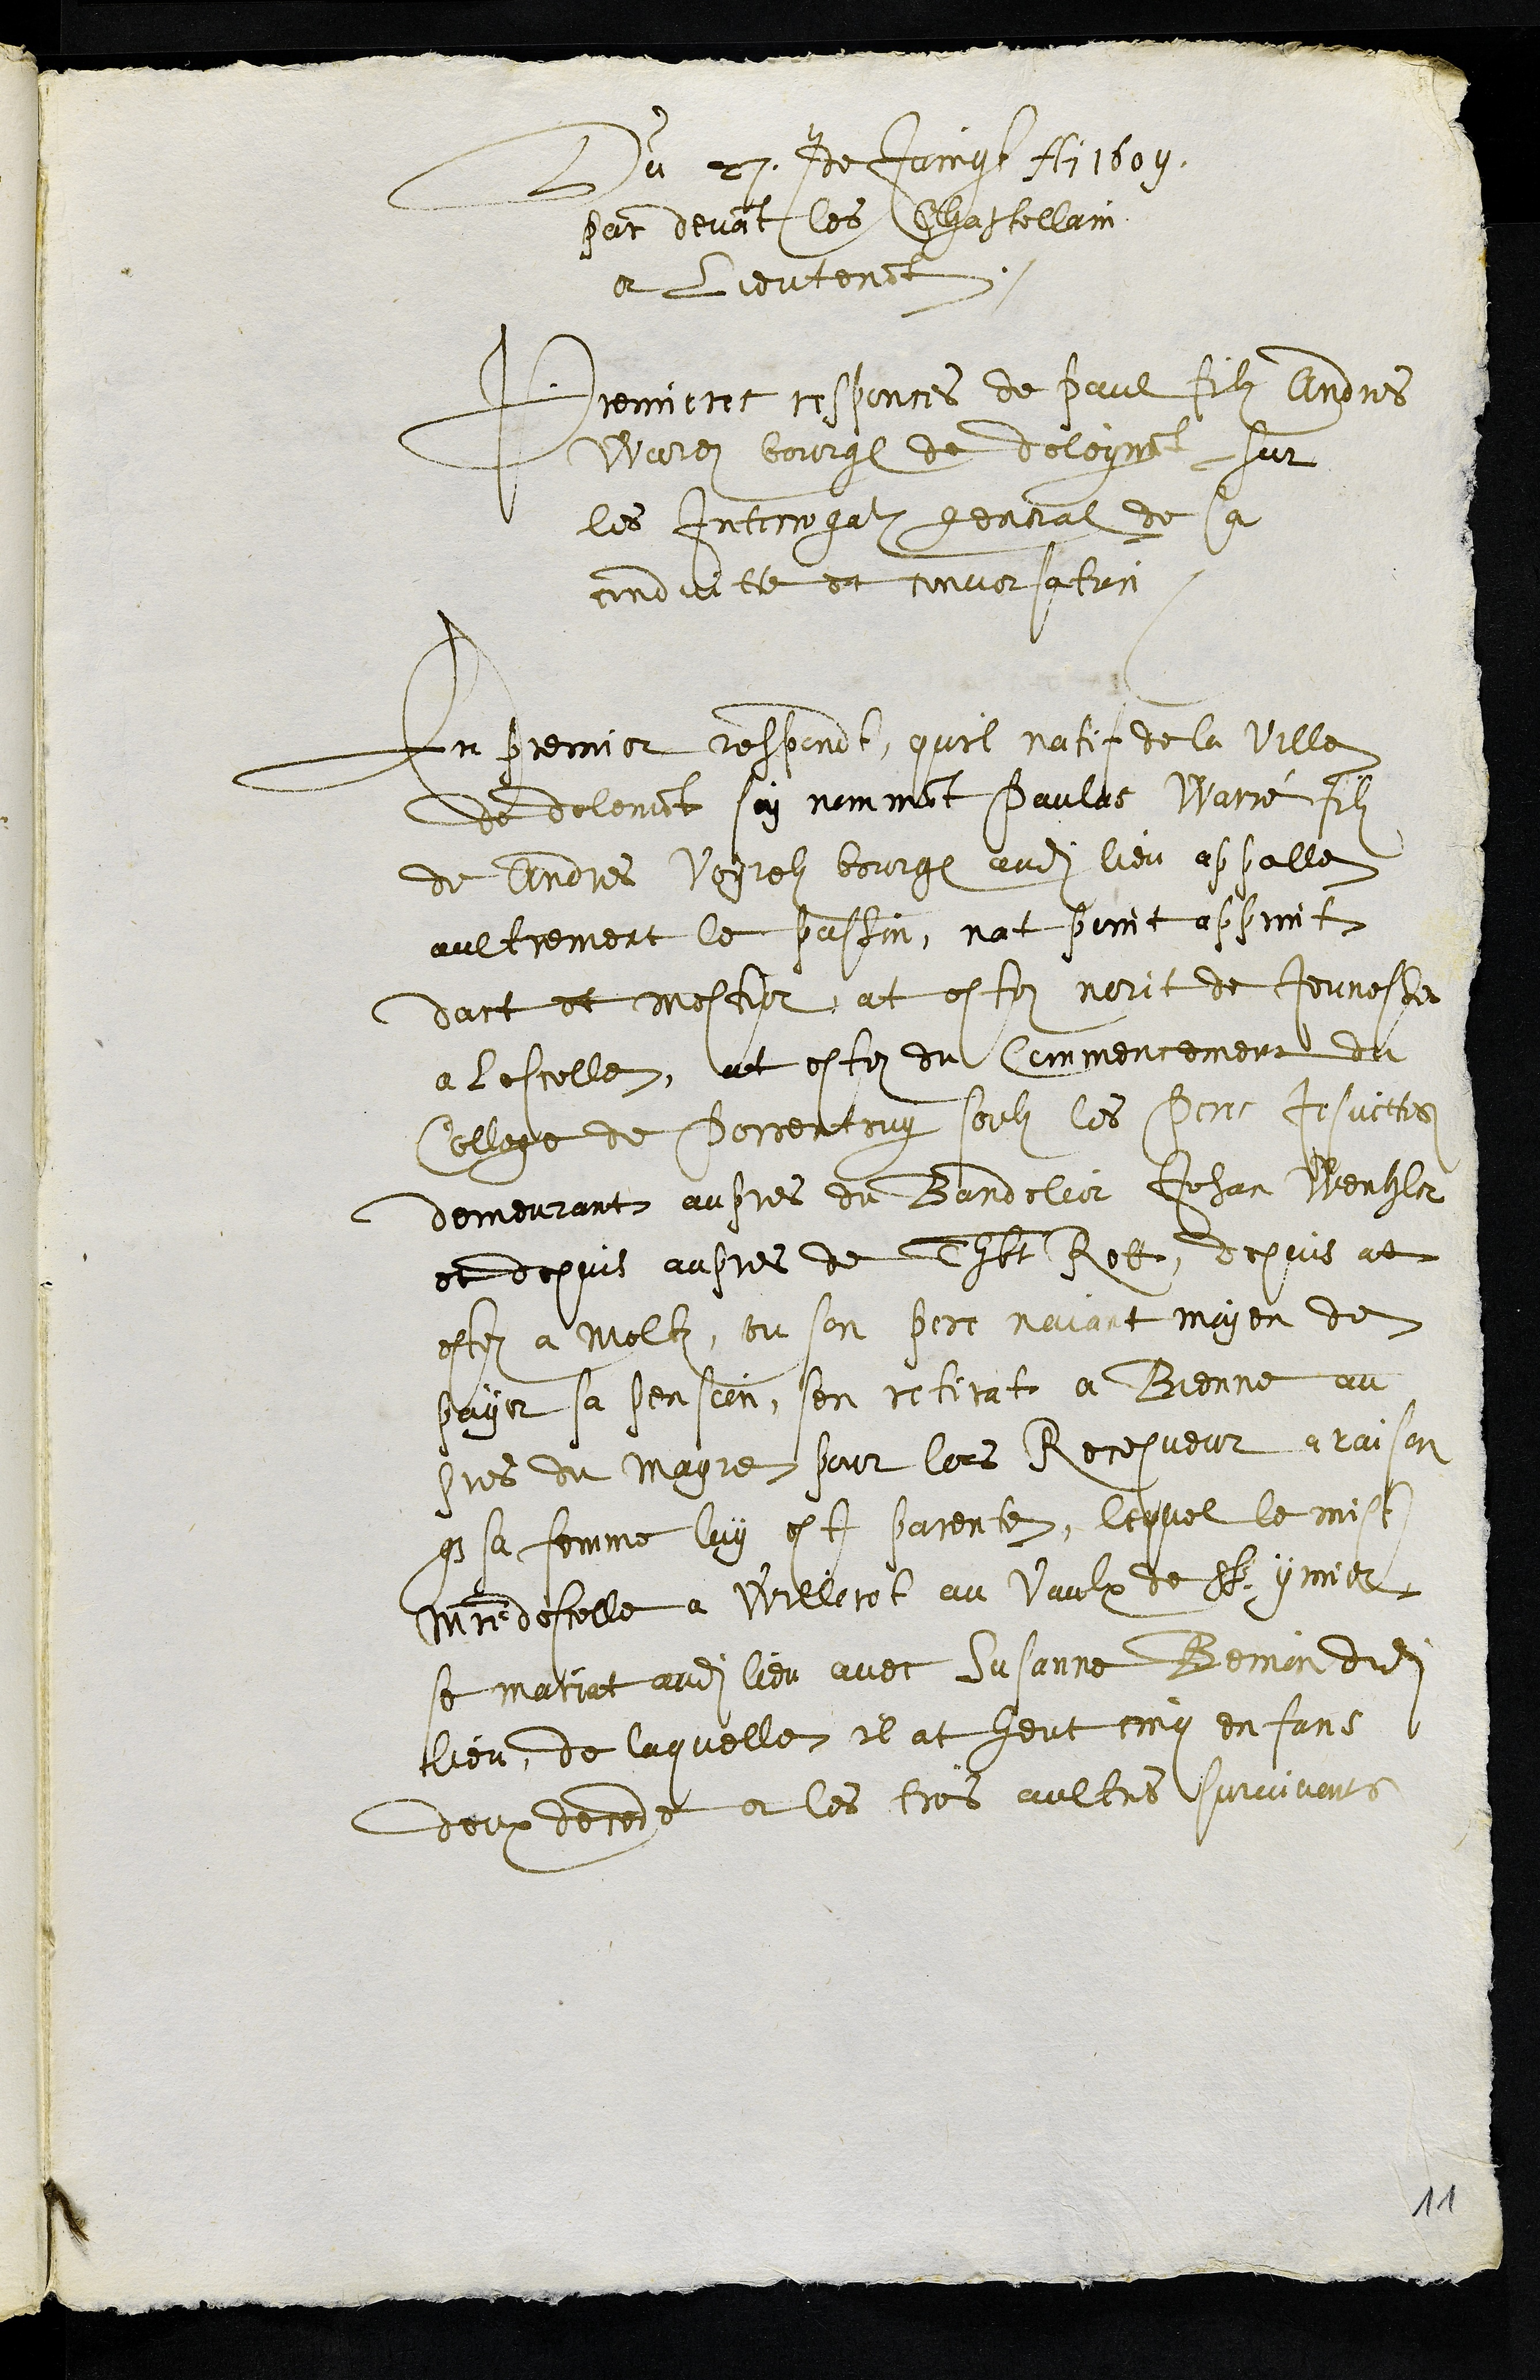
Du 27e de Juing Ai 1609
Par devant les Chastellain
et Lieutenant
Premieres responces de Paul filz Andres
Warez bourgeois de deleymont sur
les Interrogatz general de sa
conduitte et conversation
En premier respond, quil natif de la ville
de delemont soy nommant Paulus Warré filz
de Andres Voyrolz bourgeois audit lieu appelle
aultrement le passin, nat point apprint
dart et mestier, at estez norit de Jeunesse
a lescolle, at estez du commencement du
College de Porrentruy soubz les Peres Jesuittes
demeurant aupres du Bandelier Jehan Wenhler
et depuis aupres de Thbt Rott, depuis at
estez a Moltiez, ou son perer naiant moyen de
payer sa pension, sen retirat a Bienne au
pres du mayre pour lors Recepveur a raison
que sa femme luy est parente, lequel le mist
maistre descolle a Willeret au Vaulx de St ymier
se mariat audit lieu avec Susanne Beinon dudit
lieu, de laquelle il at heut cinq enfans
deux decede et les trois aultres survivants
11